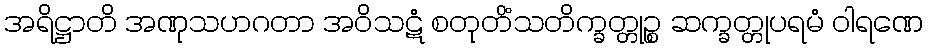
အရိဋ္ဌာတိ အဏုသဟဂတာ အဝိသဋံ စတုတိံသတိက္ခတ္တုဉ္စ ဆက္ခတ္တုပရမံ ဝါရဏေ